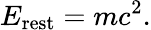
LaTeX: E_{\mathrm{rest}}=mc^{2}.